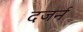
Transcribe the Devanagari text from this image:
दजर्न